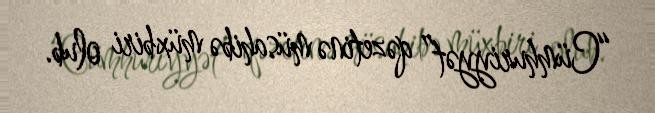
“Cümhuriyyət” qəzetinə müsahibə müxbiri olub.